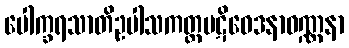
ပေါက္ခရသာတိဥပါသကတ္တပဋိဝေဒနာဝဏ္ဏနာ